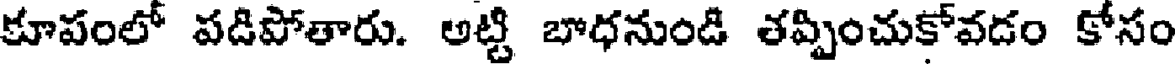
కూపంలో పడిపోతారు. అట్టి బాధనుండి తప్పించుకోవడం కోసం